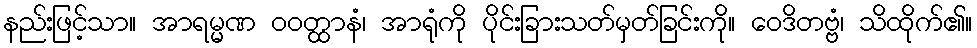
နည်းဖြင့်သာ။ အာရမ္မဏ ဝဝတ္ထာနံ၊ အာရုံကို ပိုင်းခြားသတ်မှတ်ခြင်းကို။ ဝေဒိတဗ္ဗံ၊ သိထိုက်၏။